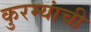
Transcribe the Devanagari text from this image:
कुरम्यांची